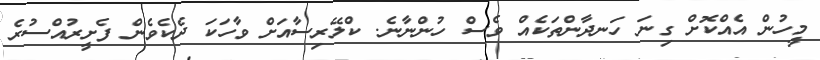
މީހުން އެއްކޮށް ގިނަ ހަނދާންތަކެއް ވެސް ހުންނާނެ. ކްލޭރިސާއަށް ވާހަކަ ދެކެވެން ފެށީރުއްސުރެ